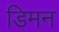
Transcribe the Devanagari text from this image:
डिमन